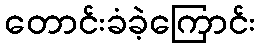
တောင်းခံခဲ့ကြောင်း